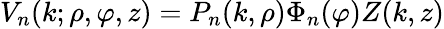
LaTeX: V_{n}(k;\rho,\varphi,z)=P_{n}(k,\rho)\Phi_{n}(\varphi)Z(k,z)